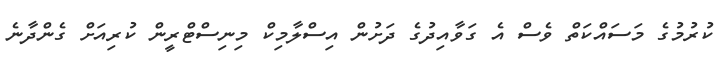
ކުރުމުގެ މަސައްކަތް ވެސް އެ ގަވާއިދުގެ ދަށުން އިސްލާމިކް މިނިސްޓްރީން ކުރިއަށް ގެންދާނެ